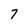
Character: 7